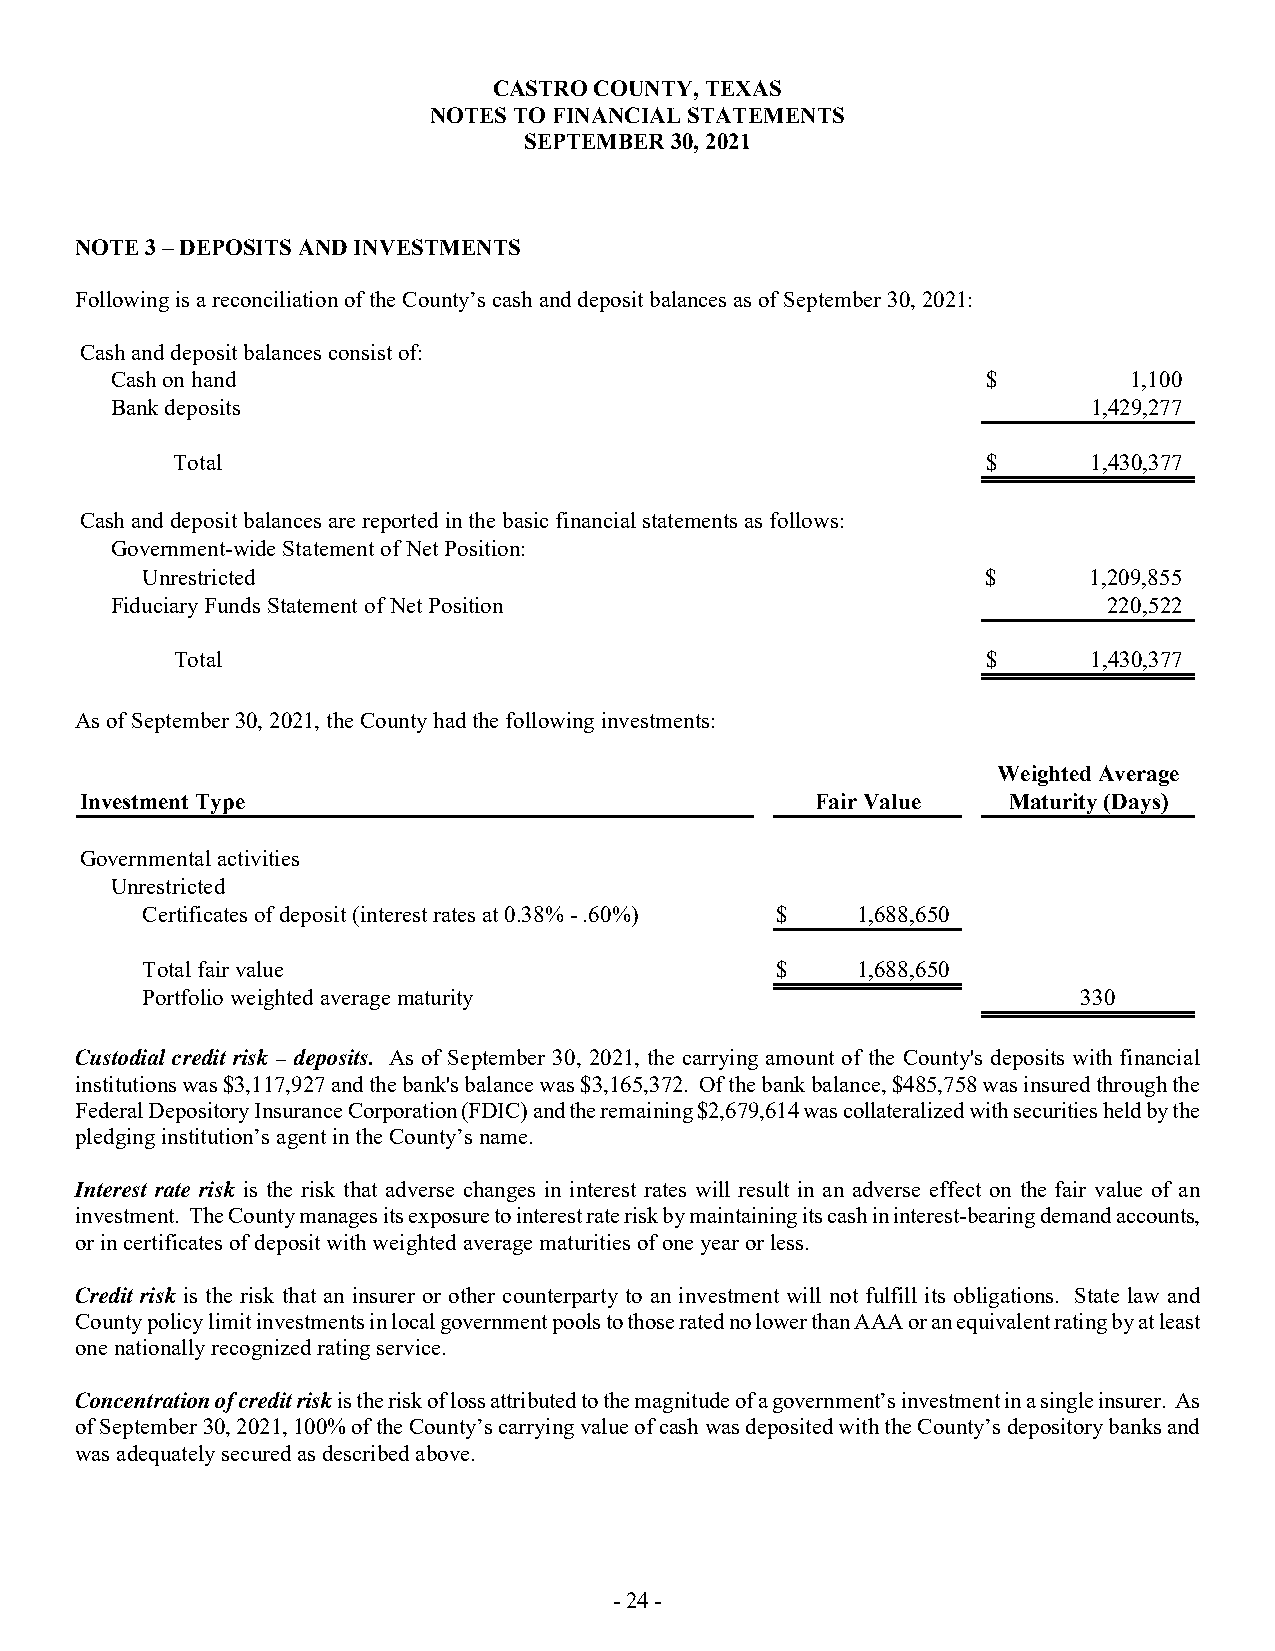
CASTRO COUNTY, TEXAS
 NOTES TO FINANCIAL STATEMENTS
 SEPTEMBER 30, 2021
 NOTE 3 – DEPOSITS AND INVESTMENTS
 Following is a reconciliation of the County’s cash and deposit balances as of September 30, 2021:
 Cash and deposit balances consist of:
 Cash on hand                                              $         1,100
 Bank deposits                                                    1,429,277
 Total                                                 $      1,430,377
 Cash and deposit balances are reported in the basic financial statements as follows:
 Government-wide Statement of Net Position:
 Unrestricted                                            $      1,209,855
 Fiduciary Funds Statement of Net Position                         220,522
 Total                                                 $      1,430,377
 As of September 30, 2021, the County had the following investments:
 Weighted Average
 Investment Type                                  Fair Value   Maturity (Days)
 Governmental activities
 Unrestricted
 Certificates of deposit (interest rates at 0.38% - .60%) $ 1,688,650
 Total fair value                          $     1,688,650
 Portfolio weighted average maturity                            330
 Custodial credit risk – deposits. As of September 30, 2021, the carrying amount of the County's deposits with financial
 institutions was $3,117,927 and the bank's balance was $3,165,372. Of the bank balance, $485,758 was insured through the
 Federal Depository Insurance Corporation (FDIC) and the remaining $2,679,614 was collateralized with securities held by the
 pledging institution’s agent in the County’s name.
 Interest rate risk is the risk that adverse changes in interest rates will result in an adverse effect on the fair value of an
 investment. The County manages its exposure to interest rate risk by maintaining its cash in interest-bearing demand accounts,
 or in certificates of deposit with weighted average maturities of one year or less.
 Credit risk is the risk that an insurer or other counterparty to an investment will not fulfill its obligations. State law and
 County policy limit investments in local government pools to those rated no lower than AAA or an equivalent rating by at least
 one nationally recognized rating service.
 Concentration of credit risk is the risk of loss attributed to the magnitude of a government’s investment in a single insurer. As
 of September 30, 2021, 100% of the County’s carrying value of cash was deposited with the County’s depository banks and
 was adequately secured as described above.
 - 24 -